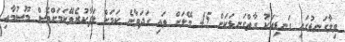
ވިލާގަނޑުގައި ގަނޑިއަކު ގާތްގަނޑަކަށް 45 މޭލަށް ވައި ގަދަވާނެ ކަމަށް ލަފާކުރެވޭކަމަށްވެސް މޫސުމާއި